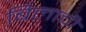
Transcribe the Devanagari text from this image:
बिलाची